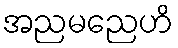
အညမညေဟိ